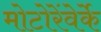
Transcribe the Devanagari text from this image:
मोटोरेंवेर्के